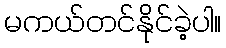
မကယ်တင်နိုင်ခဲ့ပါ။